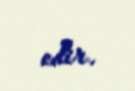
edir.